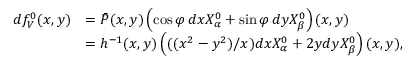
\begin{array} { r l } { d f _ { V } ^ { 0 } ( x , y ) } & { = \bar { P } ( x , y ) \left( \cos \varphi \, d x X _ { \alpha } ^ { 0 } + \sin \varphi \, d y X _ { \beta } ^ { 0 } \right) ( x , y ) } \\ & { = h ^ { - 1 } ( x , y ) \left( ( ( x ^ { 2 } - y ^ { 2 } ) / x ) d x X _ { \alpha } ^ { 0 } + 2 y d y X _ { \beta } ^ { 0 } \right) ( x , y ) , } \end{array}